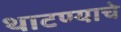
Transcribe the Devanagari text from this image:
थाटण्याचे